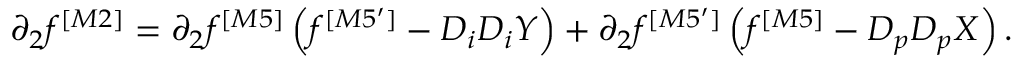
\partial _ { 2 } f ^ { [ M 2 ] } = \partial _ { 2 } f ^ { [ M 5 ] } \left( f ^ { [ M 5 ^ { \prime } ] } - D _ { i } D _ { i } Y \right) + \partial _ { 2 } f ^ { [ M 5 ^ { \prime } ] } \left( f ^ { [ M 5 ] } - D _ { p } D _ { p } X \right) .